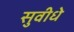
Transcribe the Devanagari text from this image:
सुवीधे